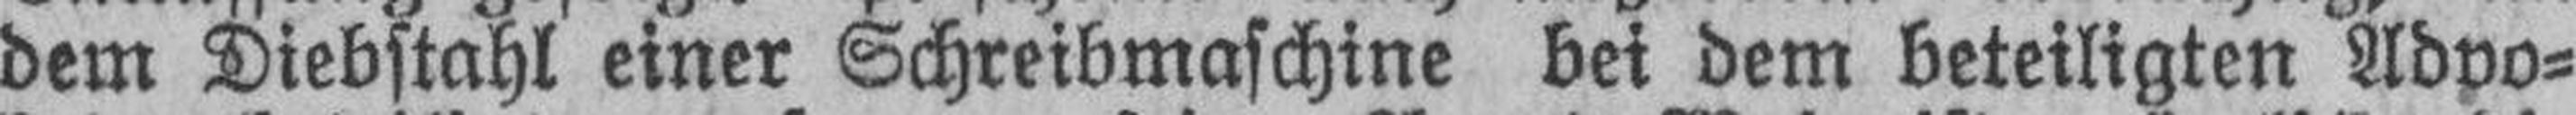
dem Diebstahl einer Schreibmaschine bei dem beteiligten Advo¬